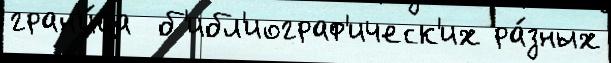
гран'и́ца  б'ибл'иограф'ическ'их ра́зных